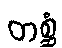
တစ္ဆံ